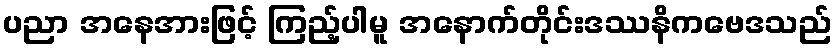
ပညာ အနေအားဖြင့် ကြည့်ပါမူ အနောက်တိုင်းဒဿနိကဗေဒသည်